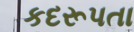
કદરૂપતા